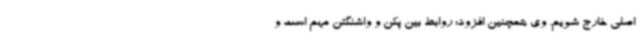
اصلی خارج شویم. وی همچنین افزود: روابط بین پکن و واشنگتن مهم است و